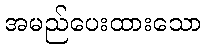
အမည်ပေးထားသော